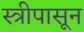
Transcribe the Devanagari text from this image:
स्त्रीपासून